Annual report on the health of the army in India
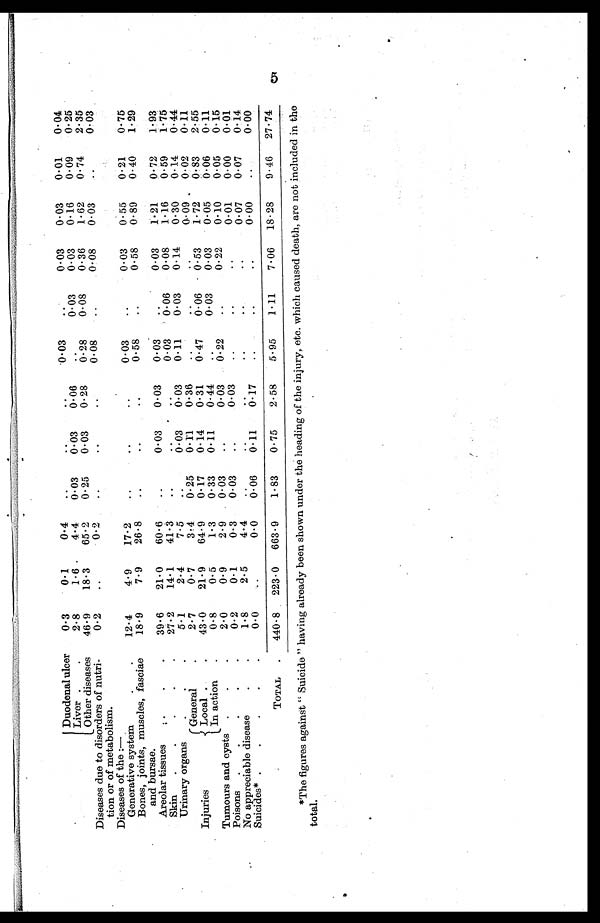
Duodenal ulcer
0.3
0 . 1
0.4
..
..
..
0.03
..
0.03
0.03
0.01
0.01
Liver
2.8
1.6
4.4
0.03
0.03
0.06
. .
0.03
0.03
0.16
0.09
0.25
Other diseases
46.9
18.3
65.2
0.25
0.03
0.28
0.28
0.08
0.36
1.62
0.74
2.35
Diseases due to disorders of nutri
tion or of metabolism.
0.2
..
0.2
..
..
..
0.08
..
0.08
0.03
..
0.03
Di seases of t he : —
Generative system.
12.4
4.9
17.2
..
..
..
0.03
..
0.03
0.55
0.21
0.75
'fasciae
Bones, joints, muscles,
•
and bursae.
18.9
7.9
26.8
..
..
..
0.58.
..
0.58
0.89
0.40
1.29
Areolar tissues
39.6
21.0
60.6
..
0.03
0.03
0.03
..
0.03
1.21
0.72
1.93
Skin
27.2
1 4 . 1
41.3
..
..
..
0.03
0.06
0.08
1.16
0.59
1.75
Urinary organs
5.1
2.4
7.5
..
0.03
0.03
0.11
0.03
0.14
0.30
0.14
0.44
General
2.7
0.7
3.4
0.25
0 . 1 1
0.36
.. .. ..
0. 09 . 0 . 02
0.11
Injuries
Local
43.0
21.9
64.9
0.17
0.14
0.31
0.47
0.06
0 .53
1.72
0.83
2.55
In action
0.8
0.5
1.3
0.33
0.11
0.4
.
0.03
0.03
0.05
0.06
0.11
Tumours and cysts
2.0
0.9
2.9
0.03
..
0.03
0.22
..
0.22
0.10
0.05
0.15
Poisons
0.2
0.1
0.3
0.03
..
0.03
..
..
..
0.01
0.00
0.01
No appreciable disease
1.8
2.5
4.4
. .
. .
. .
..
..
..
0.07
0.07
0.14
Suicides*
0.0
0.0
0 . 0 6
0 . 1 1
0 . 1 7 ..
..
. . 0.00
..
0.00
TOTAL
440 . 8
223 . 0
663 . 9
1.83
0.75
2.58
5.95
1.11
7.06
18 . 28
9.46
27.74
*The figures against "Suicide" having already been shown under the heading of the injury, etc. which caused death, are not included in the
total.
5